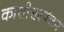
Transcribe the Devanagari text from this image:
काशीश्वरपंचम